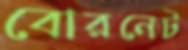
বোরনেট